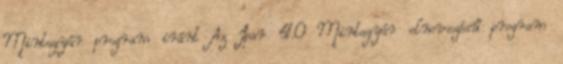
Mintagyár program iránt Az Ipar 4.0 Mintagyár elnevezésű program